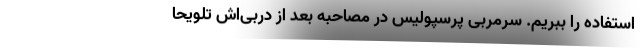
استفاده را ببریم. سرمربی پرسپولیس در مصاحبه بعد از دربی‌اش تلویحاً